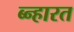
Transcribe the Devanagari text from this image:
ब्न्हारत